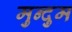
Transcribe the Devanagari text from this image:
मुन्दुम